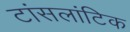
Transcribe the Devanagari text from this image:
टांसलांटिक